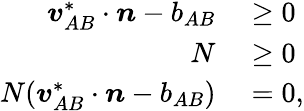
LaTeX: \begin{array}{rl}{{\boldsymbol{v}}_{AB}^{*}\cdot{\boldsymbol{n}}-b_{AB}}&{{}\geq 0}\\ {N}&{{}\geq 0}\\ {N({\boldsymbol{v}}_{AB}^{*}\cdot{\boldsymbol{n}}-b_{AB})}&{{}=0,}\end{array}